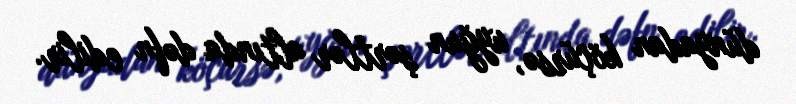
dünyadan köçürsə, uyğun şərtlər altında dəfn edilir.